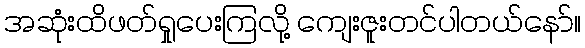
အဆုံးထိဖတ်ရှုပေးကြလို့ ကျေးဇူးတင်ပါတယ်နော်။